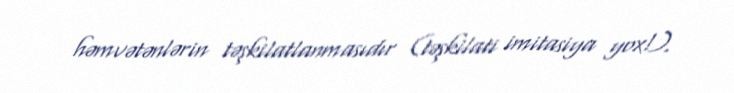
həmvətənlərin təşkilatlanmasıdır (təşkilati imitasiya yox!).